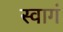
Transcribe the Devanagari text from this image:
स्वागं